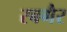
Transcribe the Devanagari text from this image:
रबगैर